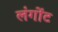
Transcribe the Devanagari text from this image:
लंगोंट